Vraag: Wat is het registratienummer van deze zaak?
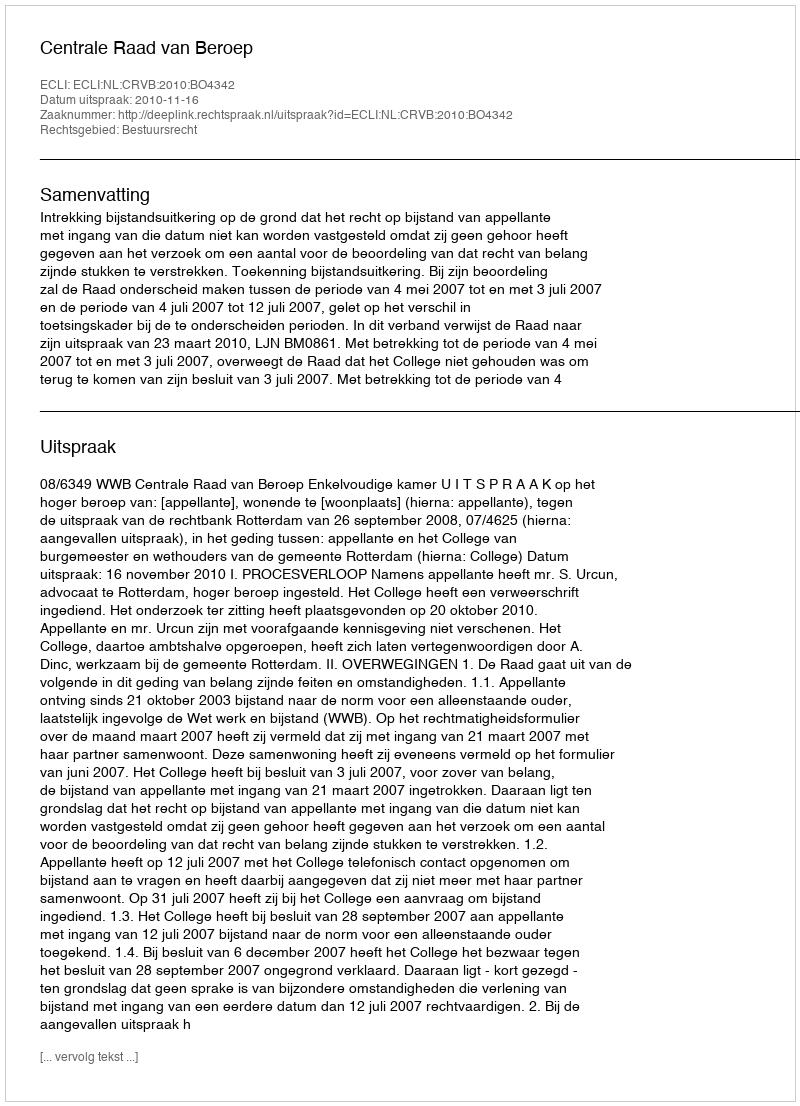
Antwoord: http://deeplink.rechtspraak.nl/uitspraak?id=ECLI:NL:CRVB:2010:BO4342